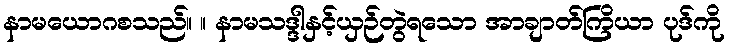
နာမယောဂစသည်။ ။ နာမသဒ္ဒါနှင့်ယှဉ်တွဲရသော အာချာတ်ကြိယာ ပုဒ်ကို